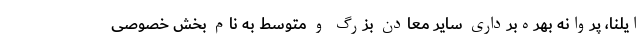
ایلنا، پروانه بهره‌برداری سایر معادن بزرگ و متوسط به نام بخش خصوصی